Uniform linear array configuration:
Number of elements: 16
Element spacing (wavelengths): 0.5
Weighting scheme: kaiser
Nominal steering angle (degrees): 30
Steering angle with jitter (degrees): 28.872
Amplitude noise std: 0.05
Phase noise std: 0.05

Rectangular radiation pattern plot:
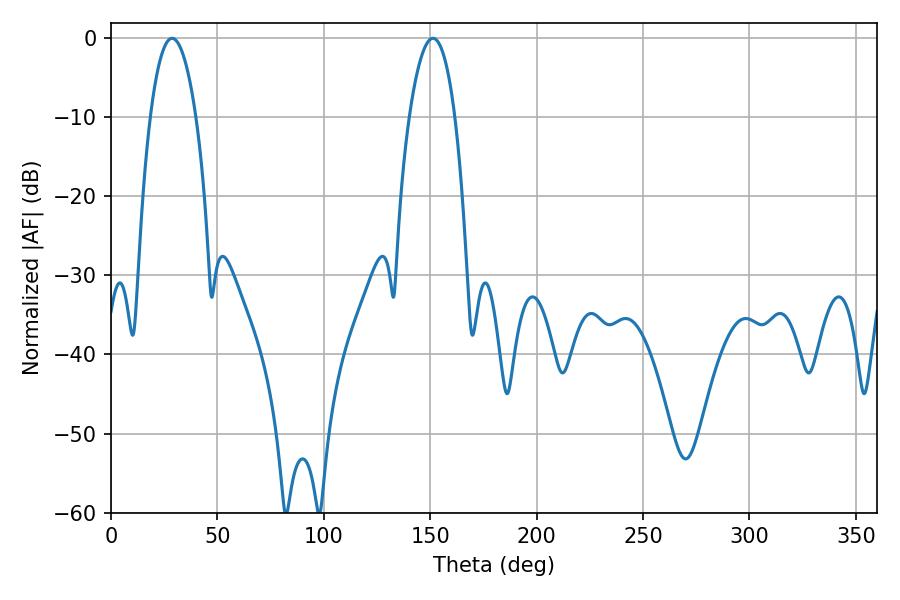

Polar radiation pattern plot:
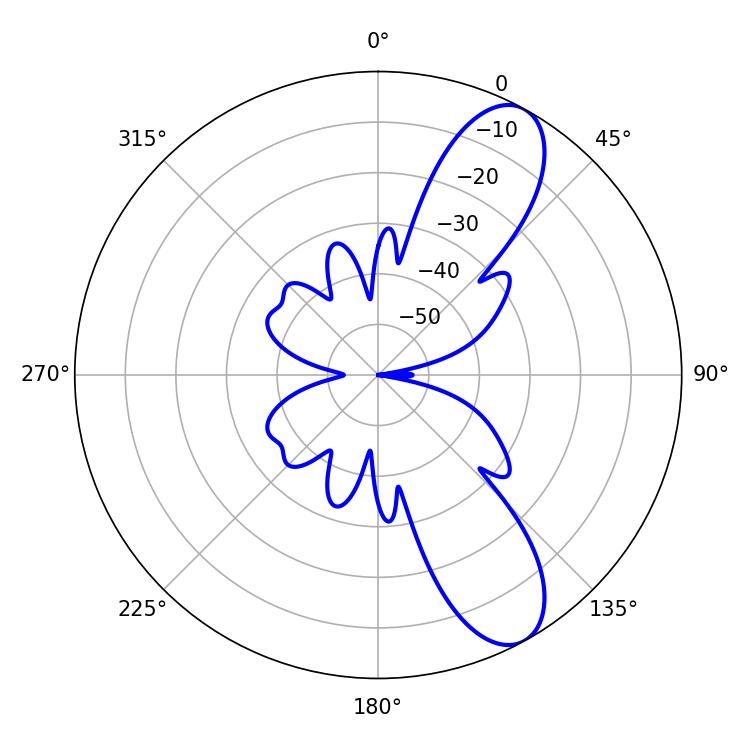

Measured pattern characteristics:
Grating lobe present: FALSE
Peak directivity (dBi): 9.703
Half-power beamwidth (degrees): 11.88
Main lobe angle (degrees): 28.8